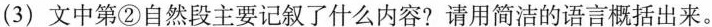
(3)文中第②自然段主要记叙了什么内容?请用简洁的语言概括出来。